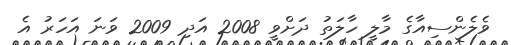
ވެލެންސިއާގެ މާލީ ހާލަތު ދަށްވީ 2008 އަދި 2009 ވަނަ އަހަރު އެ